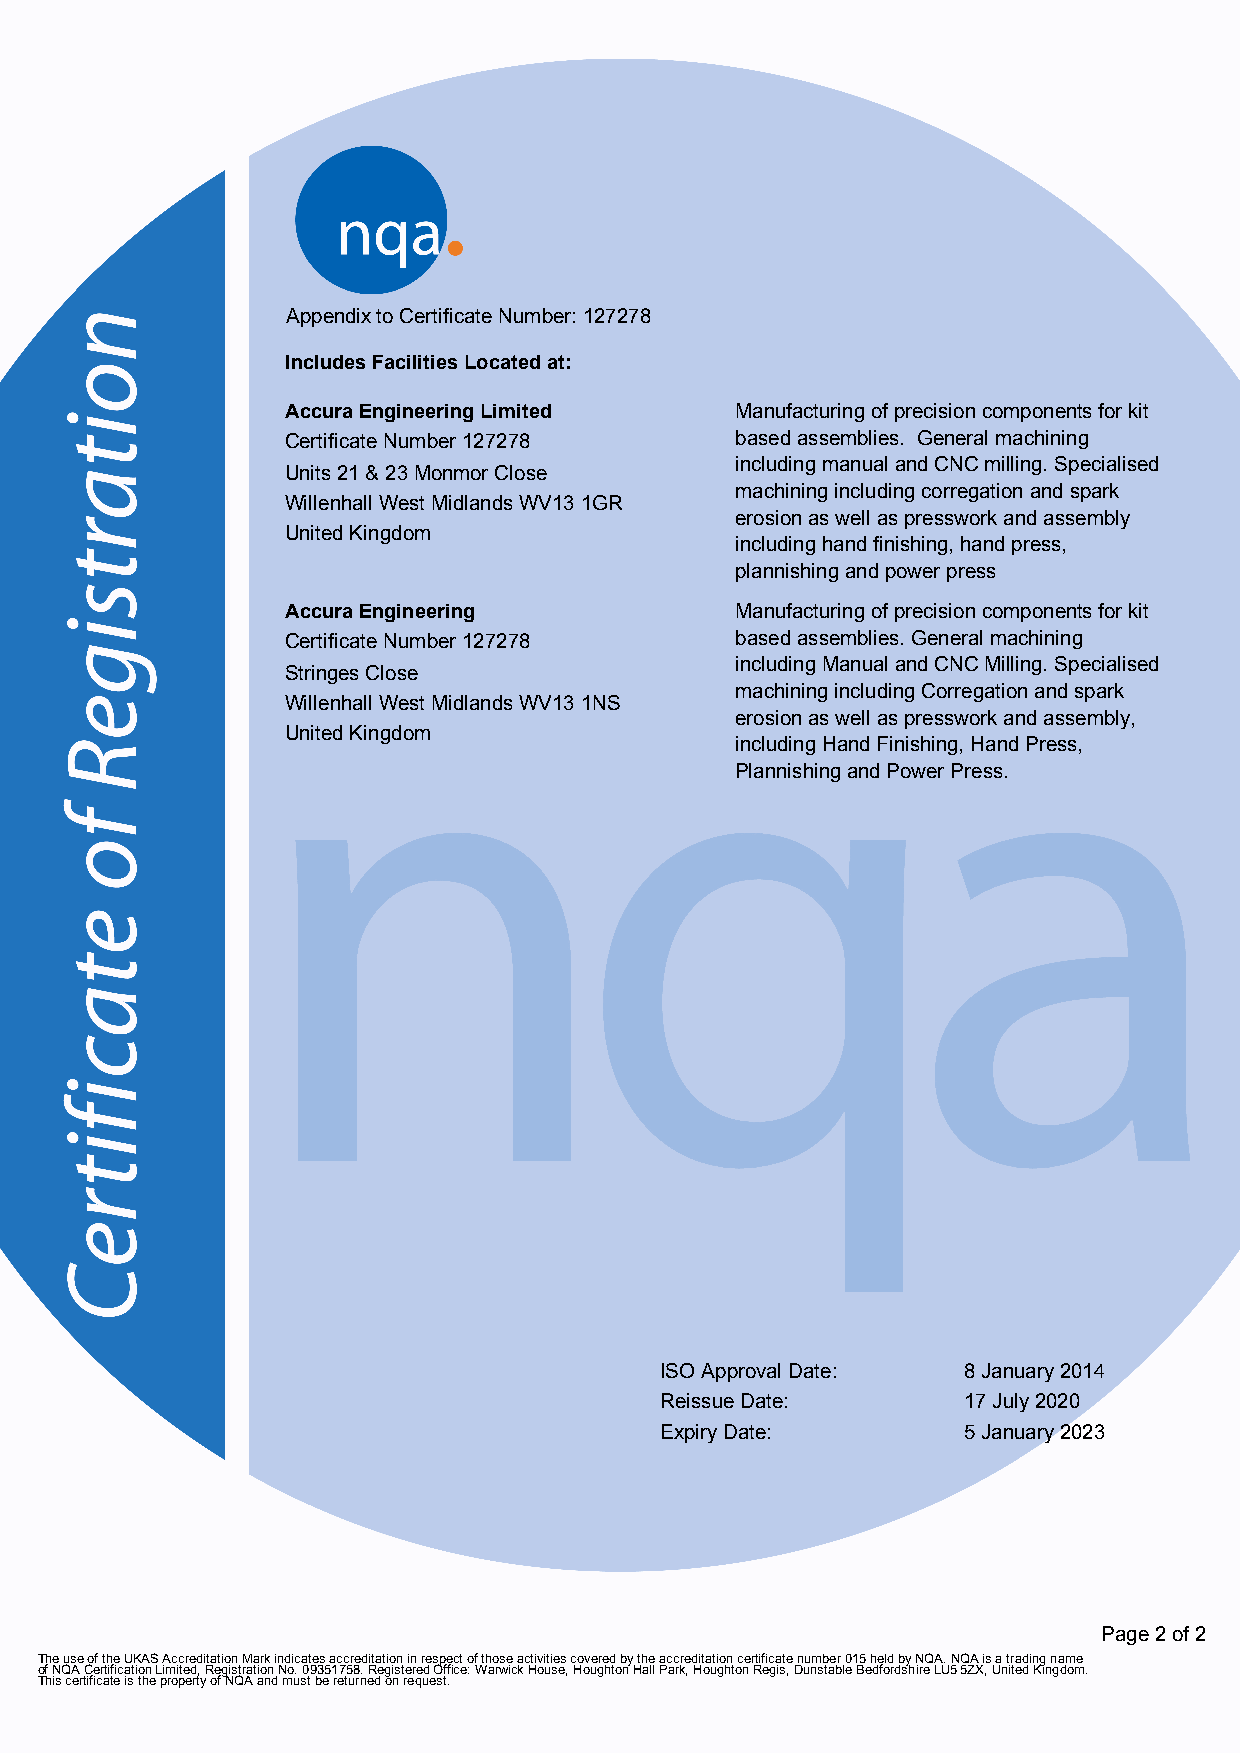
Appendix to Certificate Number: 127278
 Includes Facilities Located at:
 Accura Engineering Limited    Manufacturing of precision components for kit
 Certificate Number 127278     based assemblies. General machining
 including manual and CNC milling. Specialised
 Units 21 & 23 Monmor Close
 machining including corregation and spark
 Willenhall West Midlands WV13 1GR
 erosion as well as presswork and assembly
 United Kingdom
 including hand finishing, hand press,
 plannishing and power press
 Accura Engineering            Manufacturing of precision components for kit
 Certificate Number 127278     based assemblies. General machining
 including Manual and CNC Milling. Specialised
 Stringes Close
 machining including Corregation and spark
 Willenhall West Midlands WV13 1NS
 erosion as well as presswork and assembly,
 United Kingdom
 including Hand Finishing, Hand Press,
 Plannishing and Power Press.
 ISO Approval Date:  8 January 2014
 Reissue Date:       17 July 2020
 Expiry Date:        5 January 2023
 Page 2 of 2
 The use of the UKAS Accreditation Mark indicates accreditation in respect of those activities covered by the accreditation certificate number 015 held by NQA. NQA is a trading name
 of NQA Certification Limited, Registration No. 09351758. Registered Office: Warwick House, Houghton Hall Park, Houghton Regis, Dunstable Bedfordshire LU5 5ZX, United Kingdom.
 This certificate is the property of NQA and must be returned on request.